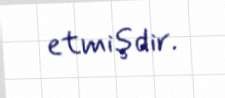
etmişdir.